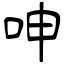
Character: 呻